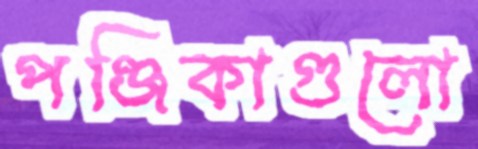
পঞ্জিকাগুলো